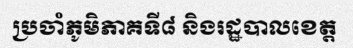
ប្រចាំភូមិភាគទី៨ និងរដ្ឋបាលខេត្ត